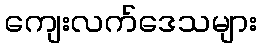
ကျေးလက်ဒေသများ